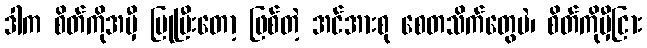
ဒါက စိတ်ကိုအမှီ ပြုပြီးတော့ ဖြစ်တဲ့ အင်အားစု စေတသိက်တွေပဲ၊ စိတ်ကိုမှီငြား